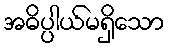
အဓိပ္ပါယ်မရှိသော